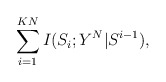
\begin{align*} \sum_{i = 1}^{KN} I(S_i;Y^N|S^{i-1}),\end{align*}